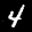
Label: 4